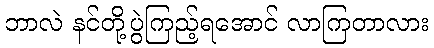
ဘာလဲ နင်တို့ပွဲကြည့်ရအောင် လာကြတာလား